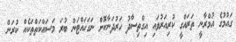
ގައުމުގެ އުމްރާނީ ތަރައްގީ ކުރިއަރުވައި އިގްތިސާދު ހަރުދަނާކޮށް ނަގަހައްޓަން ބުރަ މަސައްކަތްތަކެއް ކުރަން